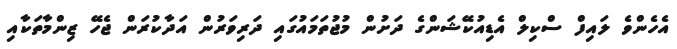
އެހެންވެ ލައިފް ސްކިލް އެޑިއުކޭޝަންގެ ދަށުން މުޖުތަމައުގައި ދަރިވަރުން އަދާކުރަން ޖެހޭ ޒިންމާތަކާއި